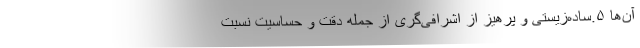
آن‌ها ۵.ساده‌زیستی و پرهیز از اشرافی‌گری از جمله دقت و حساسیت نسبت